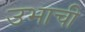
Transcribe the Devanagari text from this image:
उभाची